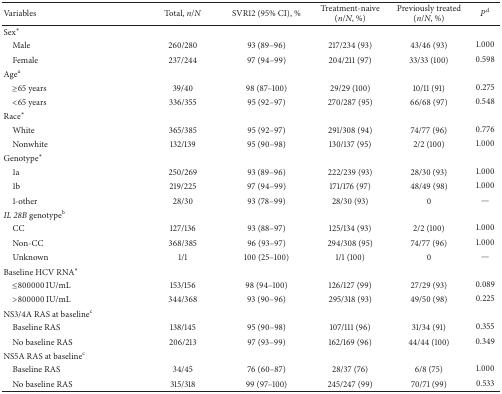
<table><thead><tr><td><b>Variables</b></td><td><b>Total, <i>n</i>/<i>N</i></b></td><td><b>SVR12 (95% CI), %</b></td><td><b>Treatment-naive (<i>n</i>/<i>N</i>, %)</b></td><td><b>Previously treated (<i>n</i>/<i>N</i>, %)</b></td><td><b><i>P</i><sup>d</sup></b></td></tr></thead><tbody><tr><td>Sex<sup><i>∗</i></sup></td><td> </td><td> </td><td> </td><td> </td><td> </td></tr><tr><td> Male</td><td>260/280</td><td>93 (89–96)</td><td>217/234 (93)</td><td>43/46 (93)</td><td>1.000</td></tr><tr><td> Female</td><td>237/244</td><td>97 (94–99)</td><td>204/211 (97)</td><td>33/33 (100)</td><td>0.598</td></tr><tr><td>Age<sup>a</sup></td><td> </td><td> </td><td> </td><td> </td><td> </td></tr><tr><td> ≥65 years</td><td>39/40</td><td>98 (87–100)</td><td>29/29 (100)</td><td>10/11 (91)</td><td>0.275</td></tr><tr><td> &lt;65 years</td><td>336/355</td><td>95 (92–97)</td><td>270/287 (95)</td><td>66/68 (97)</td><td>0.548</td></tr><tr><td>Race<sup><i>∗</i></sup></td><td> </td><td> </td><td> </td><td> </td><td> </td></tr><tr><td> White</td><td>365/385</td><td>95 (92–97)</td><td>291/308 (94)</td><td>74/77 (96)</td><td>0.776</td></tr><tr><td> Nonwhite</td><td>132/139</td><td>95 (90–98)</td><td>130/137 (95)</td><td>2/2 (100)</td><td>1.000</td></tr><tr><td>Genotype<sup><i>∗</i></sup></td><td> </td><td> </td><td> </td><td> </td><td> </td></tr><tr><td> 1a</td><td>250/269</td><td>93 (89–96)</td><td>222/239 (93)</td><td>28/30 (93)</td><td>1.000</td></tr><tr><td> 1b</td><td>219/225</td><td>97 (94–99)</td><td>171/176 (97)</td><td>48/49 (98)</td><td>1.000</td></tr><tr><td> 1-other</td><td>28/30</td><td>93 (78–99)</td><td>28/30 (93)</td><td>0</td><td>—</td></tr><tr><td><i>IL 28B</i> genotype<sup>b</sup></td><td> </td><td> </td><td> </td><td> </td><td> </td></tr><tr><td> CC</td><td>127/136</td><td>93 (88–97)</td><td>125/134 (93)</td><td>2/2 (100)</td><td>1.000</td></tr><tr><td> Non-CC</td><td>368/385</td><td>96 (93–97)</td><td>294/308 (95)</td><td>74/77 (96)</td><td>1.000</td></tr><tr><td> Unknown</td><td>1/1</td><td>100 (25–100)</td><td>1/1 (100)</td><td>0</td><td>—</td></tr><tr><td>Baseline HCV RNA<sup><i>∗</i></sup></td><td> </td><td> </td><td> </td><td> </td><td> </td></tr><tr><td> ≤800000 IU/mL</td><td>153/156</td><td>98 (94–100)</td><td>126/127 (99)</td><td>27/29 (93)</td><td>0.089</td></tr><tr><td> &gt;800000 IU/mL</td><td>344/368</td><td>93 (90–96)</td><td>295/318 (93)</td><td>49/50 (98)</td><td>0.225</td></tr><tr><td>NS3/4A RAS at baseline<sup>c</sup></td><td> </td><td> </td><td> </td><td> </td><td> </td></tr><tr><td> Baseline RAS</td><td>138/145</td><td>95 (90–98)</td><td>107/111 (96)</td><td>31/34 (91)</td><td>0.355</td></tr><tr><td> No baseline RAS</td><td>206/213</td><td>97 (93–99)</td><td>162/169 (96)</td><td>44/44 (100)</td><td>0.349</td></tr><tr><td>NS5A RAS at baseline<sup>c</sup></td><td> </td><td> </td><td> </td><td> </td><td> </td></tr><tr><td> Baseline RAS</td><td>34/45</td><td>76 (60–87)</td><td>28/37 (76)</td><td>6/8 (75)</td><td>1.000</td></tr><tr><td> No baseline RAS</td><td>315/318</td><td>99 (97–100)</td><td>245/247 (99)</td><td>70/71 (99)</td><td>0.533</td></tr></tbody></table>